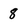
Character: 8